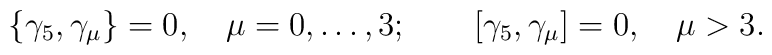
\{\gamma_5,\gamma_\mu\}=0,\quad \mu=0,\ldots,3;\qquad[\gamma_5,\gamma_\mu]=0,\quad \mu>3.